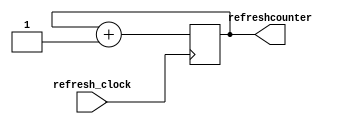
`timescale 1ns / 1ps
//////////////////////////////////////////////////////////////////////////////////
// Company: 
// Engineer: 
// 
// Design Name: 
// Module Name: refreshcounter_design
// Project Name: 
// Target Devices: 
// Tool Versions: 
// Description: 
// 
// Dependencies: 
// 
// Revision:
// Revision 0.01 - File Created
// Additional Comments:
// 
//////////////////////////////////////////////////////////////////////////////////


module refreshcounter_design(
input refresh_clock,
output reg [1:0] refreshcounter = 0
    );
    
always@(posedge refresh_clock) refreshcounter <= refreshcounter +1;
endmodule